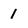
Character: 1